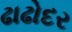
ઢાઢોદર